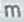
m